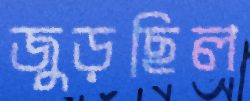
জুড়ছিল